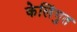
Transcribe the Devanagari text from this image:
केलिंगुत